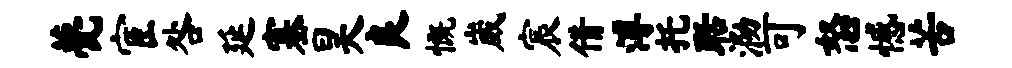
甍宦咎延塞昊良慨崴宸借溥托聒泐可怒憾苦